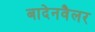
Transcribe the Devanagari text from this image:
बादेनवैलर